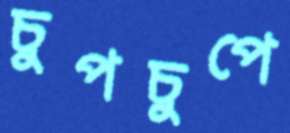
চুপচুপে